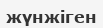
жүнжіген